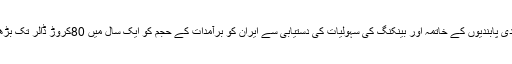
2016ء)اقتصادی پابندیوں کے خاتمہ اور بینکنگ کی سہولیات کی دستیابی سے ایران کو برآمدات کے حجم کو ایک سال میں 80کروڑ ڈالر تک بڑھایا جاسکتا ہے۔